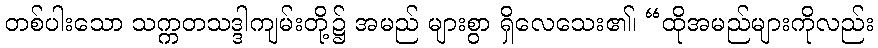
တစ်ပါးသော သက္ကတသဒ္ဒါကျမ်းတို့၌ အမည် များစွာ ရှိလေသေး၏၊ “ထိုအမည်များကိုလည်း